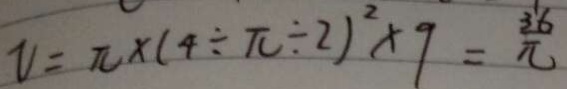
V = \pi \times ( 4 \div \pi \div 2 ) ^ { 2 } \times 9 = \frac { 3 6 } { \pi }